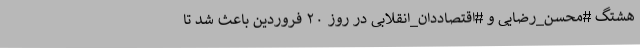
هشتگ #محسن_رضایی و #اقتصاددان_انقلابی در روز ۲۰ فروردین باعث شد تا